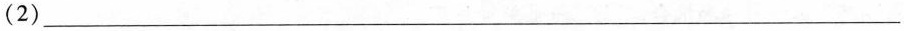
(2)___